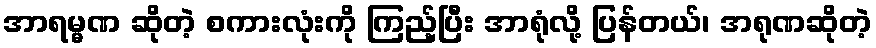
အာရမ္မဏ ဆိုတဲ့ စကားလုံးကို ကြည့်ပြီး အာရုံလို့ ပြန်တယ်၊ အရုဏဆိုတဲ့